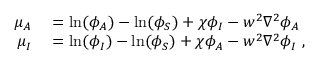
\begin{array} { r l } { \mu _ { A } } & { { } = \ln ( \phi _ { A } ) - \ln ( \phi _ { S } ) + \chi \phi _ { I } - w ^ { 2 } \nabla ^ { 2 } \phi _ { A } } \\ { \mu _ { I } } & { { } = \ln ( \phi _ { I } ) - \ln ( \phi _ { S } ) + \chi \phi _ { A } - w ^ { 2 } \nabla ^ { 2 } \phi _ { I } \; , } \end{array}